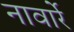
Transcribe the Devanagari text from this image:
नावार्रे